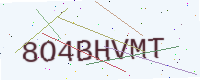
Text: 8O4BHVMT